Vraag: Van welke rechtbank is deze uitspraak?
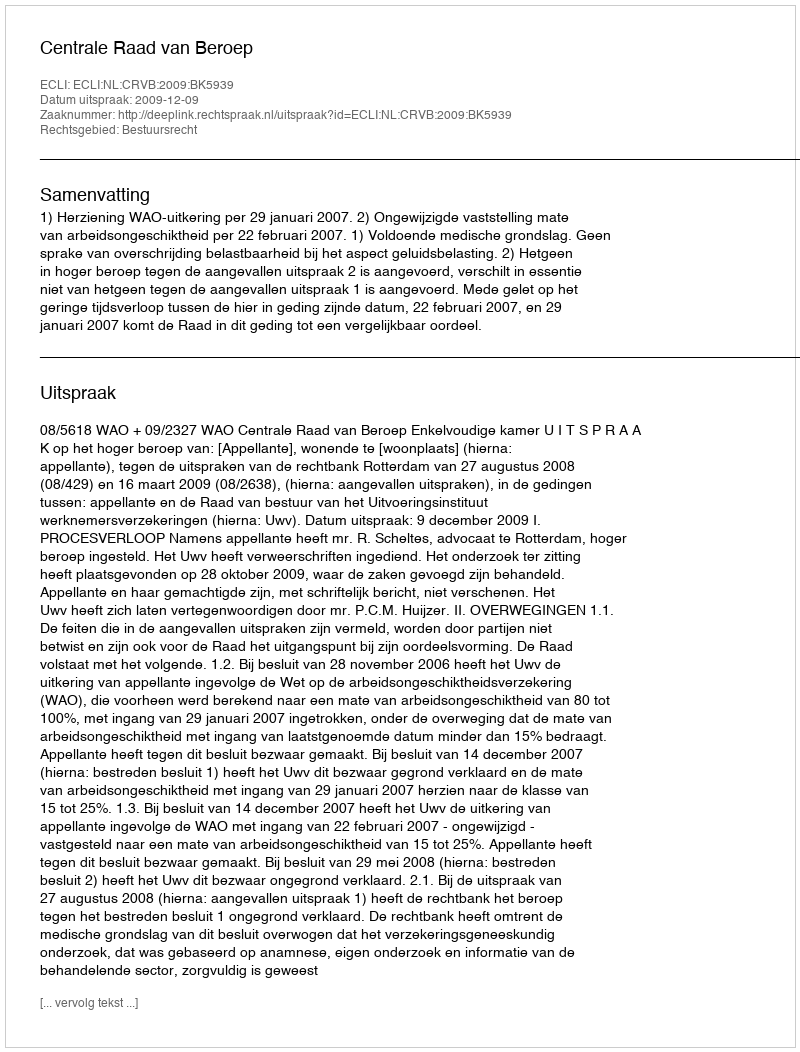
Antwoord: Centrale Raad van Beroep